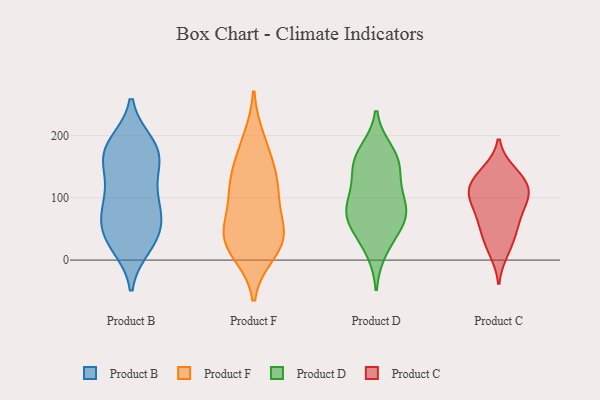
{"axis": {"x": "Satisfaction Score", "y": "Value"}, "legend": ["Product B", "Product C", "Product D", "Product F"], "data": [{"x": "", "y": 143, "type": "Product B"}, {"x": "", "y": 182, "type": "Product B"}, {"x": "", "y": 187, "type": "Product B"}, {"x": "", "y": 57, "type": "Product B"}, {"x": "", "y": 156, "type": "Product B"}, {"x": "", "y": 162, "type": "Product B"}, {"x": "", "y": 178, "type": "Product B"}, {"x": "", "y": 178, "type": "Product B"}, {"x": "", "y": 96, "type": "Product B"}, {"x": "", "y": 109, "type": "Product B"}, {"x": "", "y": 23, "type": "Product B"}, {"x": "", "y": 71, "type": "Product B"}, {"x": "", "y": 43, "type": "Product B"}, {"x": "", "y": 71, "type": "Product B"}, {"x": "", "y": 32, "type": "Product B"}, {"x": "", "y": 30, "type": "Product B"}, {"x": "", "y": 96, "type": "Product B"}, {"x": "", "y": 26, "type": "Product F"}, {"x": "", "y": 123, "type": "Product F"}, {"x": "", "y": 30, "type": "Product F"}, {"x": "", "y": 51, "type": "Product F"}, {"x": "", "y": 13, "type": "Product F"}, {"x": "", "y": 193, "type": "Product F"}, {"x": "", "y": 45, "type": "Product F"}, {"x": "", "y": 116, "type": "Product F"}, {"x": "", "y": 99, "type": "Product F"}, {"x": "", "y": 41, "type": "Product F"}, {"x": "", "y": 170, "type": "Product F"}, {"x": "", "y": 132, "type": "Product F"}, {"x": "", "y": 45, "type": "Product D"}, {"x": "", "y": 159, "type": "Product D"}, {"x": "", "y": 81, "type": "Product D"}, {"x": "", "y": 17, "type": "Product D"}, {"x": "", "y": 76, "type": "Product D"}, {"x": "", "y": 66, "type": "Product D"}, {"x": "", "y": 159, "type": "Product D"}, {"x": "", "y": 118, "type": "Product D"}, {"x": "", "y": 71, "type": "Product D"}, {"x": "", "y": 97, "type": "Product D"}, {"x": "", "y": 149, "type": "Product D"}, {"x": "", "y": 174, "type": "Product D"}, {"x": "", "y": 28, "type": "Product C"}, {"x": "", "y": 69, "type": "Product C"}, {"x": "", "y": 54, "type": "Product C"}, {"x": "", "y": 130, "type": "Product C"}, {"x": "", "y": 116, "type": "Product C"}, {"x": "", "y": 106, "type": "Product C"}, {"x": "", "y": 105, "type": "Product C"}, {"x": "", "y": 100, "type": "Product C"}, {"x": "", "y": 142, "type": "Product C"}, {"x": "", "y": 135, "type": "Product C"}, {"x": "", "y": 57, "type": "Product C"}, {"x": "", "y": 95, "type": "Product C"}, {"x": "", "y": 14, "type": "Product C"}]}